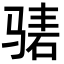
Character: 𬴃